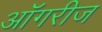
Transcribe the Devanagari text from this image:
ऑगरीज